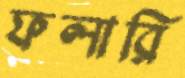
ফলারি